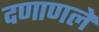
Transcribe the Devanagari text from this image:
दणाणलें